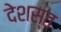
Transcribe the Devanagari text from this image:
देशस्त